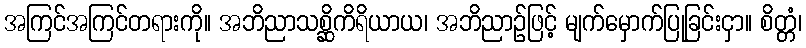
အကြင်အကြင်တရားကို။ အဘိညာသစ္ဆိကိရိယာယ၊ အဘိညာဉ်ဖြင့် မျက်မှောက်ပြုခြင်းငှာ။ စိတ္တံ၊